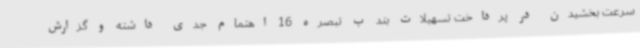
سرعت بخشیدن در پرداخت تسهیلات بند ب تبصره 16 اهتمام جدی داشته و گزارش